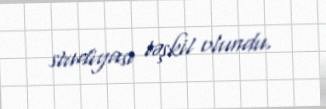
studiyası təşkil olundu.